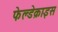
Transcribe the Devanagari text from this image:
फेल्डेक्राइस